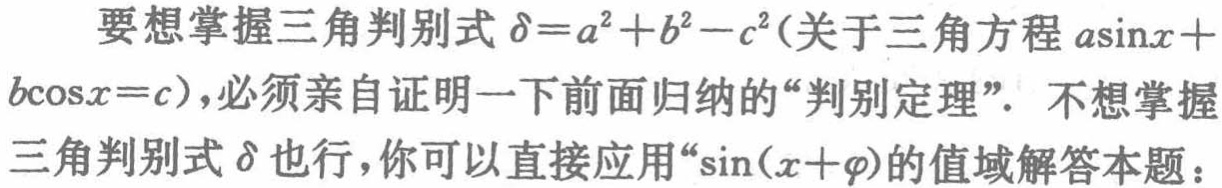
要想掌握三角判别式\(\delta = a^{2}+b^{2}-c^{2}\)(关于三角方程\(a\sin x + b\cos x = c\))，必须亲自证明一下前面归纳的“判别定理”。不想掌握三角判别式\(\delta\)也行，你可以直接应用“\(\sin(x + \varphi)\)的值域解答本题：